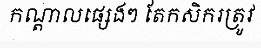
កណ្តាលផ្សេងៗ តែកសិករត្រូវ